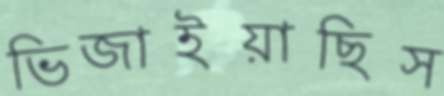
ভিজাইয়াছিস